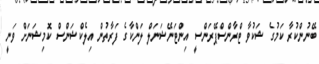
ބޭނުންކުރާ ކަމުގެ ޝަކުވާ ޓްރާންސްޕޭރަންސީ އިންޓަނޭޝަނަލް ލަންކާގެ ފަރާތުން އިލެކްޝަންސް ކޮމިޝަނަށް ވަނީ